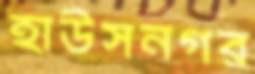
হাউসনগর